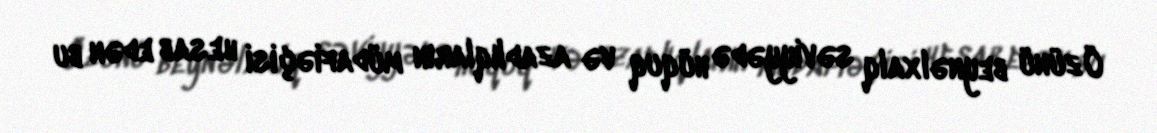
Özünü beynəlxalq səviyyədə hüquq və azadlıqların müdafiəçisi hesab edən bu